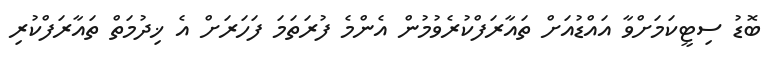
ބޮޑު ސިޓީކަމަށްވާ އައްޑުއަށް ތައާރަފްކުރެވުމުން އެންމެ ފުރަތަމަ ފަހަރަށް އެ ޚިދުމަތް ތައާރަފްކުރި